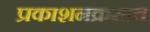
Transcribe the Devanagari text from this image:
प्रकाशनक्रमात